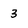
Character: 3